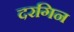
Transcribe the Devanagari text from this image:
दरगिन